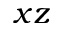
x z